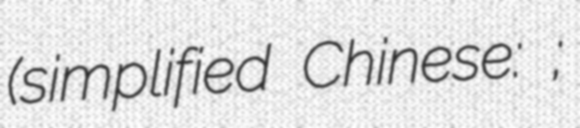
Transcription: (simplified Chinese: 三江镇;